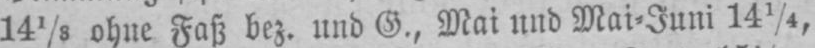
141/8 ohne Faß bez. und G., Mai und Mai⸗Juni 141/4,